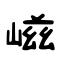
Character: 嵫